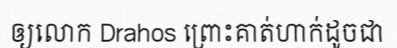
ឲ្យលោក Drahos ព្រោះគាត់ហាក់ដូចជា